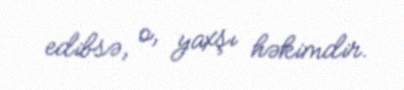
edibsə, o, yaxşı həkimdir.